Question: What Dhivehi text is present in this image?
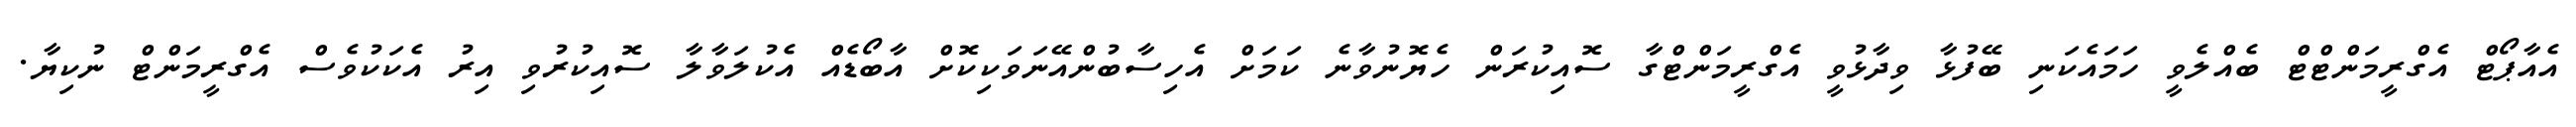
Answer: އެއާޕޯޓް އެގްރީމަންޓްޓް ބެއްލެވީ ހަމައެކަނި ބޭފުޅާ ވިދާޅުވީ އެގްރީމަންޓްގާ ސޮއިކުރަން ހެޔޮނުވާނެ ކަމަށް އެހިސާބުންއޭނަވަކިކޮށް އާބޯޑެއް އެކުލަވާލާ ސޮއިކުރުވި އިރު އެކަކުވެސް އެގްރީމަންޓް ނުކިޔާ.